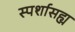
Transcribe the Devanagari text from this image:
स्पर्शासह्य